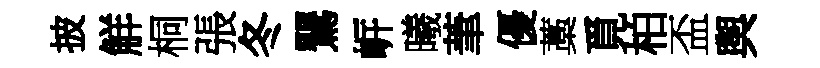
披觧桐張冬鸎㟁曦茟優藁覓柏盃舆